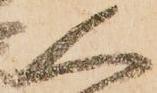
人